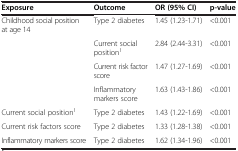
<table><thead><tr><td><b>Exposure</b></td><td><b>Outcome</b></td><td><b>OR (95% CI)</b></td><td><b>p-value</b></td></tr></thead><tbody><tr><td>Childhood social position at age 14</td><td>Type 2 diabetes</td><td>1.45 (1.23-1.71)</td><td>&lt;0.001</td></tr><tr><td> </td><td>Current social position<sup>1</sup></td><td>2.84 (2.44-3.31)</td><td>&lt;0.001</td></tr><tr><td> </td><td>Current risk factor score</td><td>1.47 (1.27-1.69)</td><td>&lt;0.001</td></tr><tr><td> </td><td>Inflammatory markers score</td><td>1.63 (1.43-1.86)</td><td>&lt;0.001</td></tr><tr><td>Current social position<sup>1</sup></td><td>Type 2 diabetes</td><td>1.43 (1.22-1.69)</td><td>&lt;0.001</td></tr><tr><td>Current risk factors score</td><td>Type 2 diabetes</td><td>1.33 (1.28-1.38)</td><td>&lt;0.001</td></tr><tr><td>Inflammatory markers score</td><td>Type 2 diabetes</td><td>1.62 (1.34-1.96)</td><td>&lt;0.001</td></tr></tbody></table>